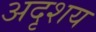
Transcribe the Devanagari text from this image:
अदृशय